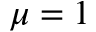
\mu = 1